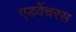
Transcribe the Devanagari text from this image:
एडवेंचरस